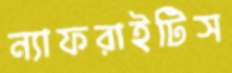
ন্যাফরাইটিস